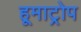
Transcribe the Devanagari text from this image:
हूमाट्रोप